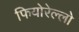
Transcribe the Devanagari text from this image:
फियोरेल्‍लो